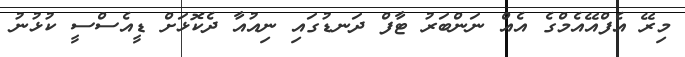
މިރޭ އެފްއޭއެމްގެ އެއް ނަންބަރު ޓާފް ދަނޑުގައި ނިއުއާ ދެކޮޅަށް ޑީއެސްސީ ކުޅުނު